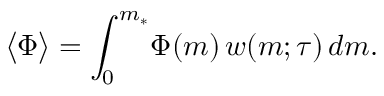
\begin{array} { c c c } { \displaystyle { \big \langle \Phi \big \rangle = \int _ { 0 } ^ { m _ { * } } \! \Phi ( m ) \, w ( m ; \tau ) \, d m . } } \end{array}